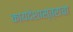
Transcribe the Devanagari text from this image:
कायदेशास्त्राचा